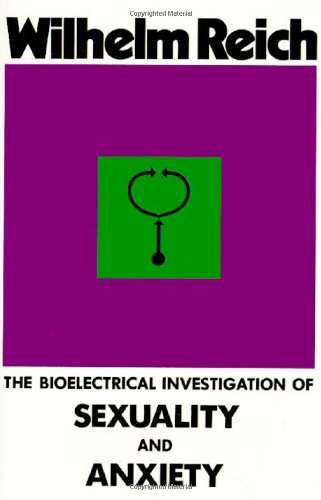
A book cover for The Bioelectrical Investigation of Sexuality and Anxiety; Wilhelm Reich; Science & Math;